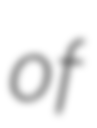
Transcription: of